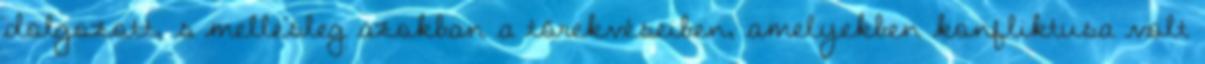
dolgozott, s mellesleg azokban a törekvéseiben, amelyekben konfliktusa volt